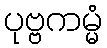
ပုဗ္ဗကမ္မံ